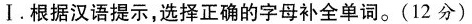
Ⅰ. 根据汉语提示，选择正确的字母补全单词。(12分)